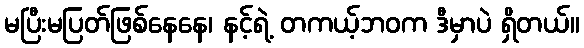
မပြီးမပြတ်ဖြစ်နေနေ၊ နင့်ရဲ့ တကယ့်ဘဝက ဒီမှာပဲ ရှိတယ်။